Elephants and their diseases
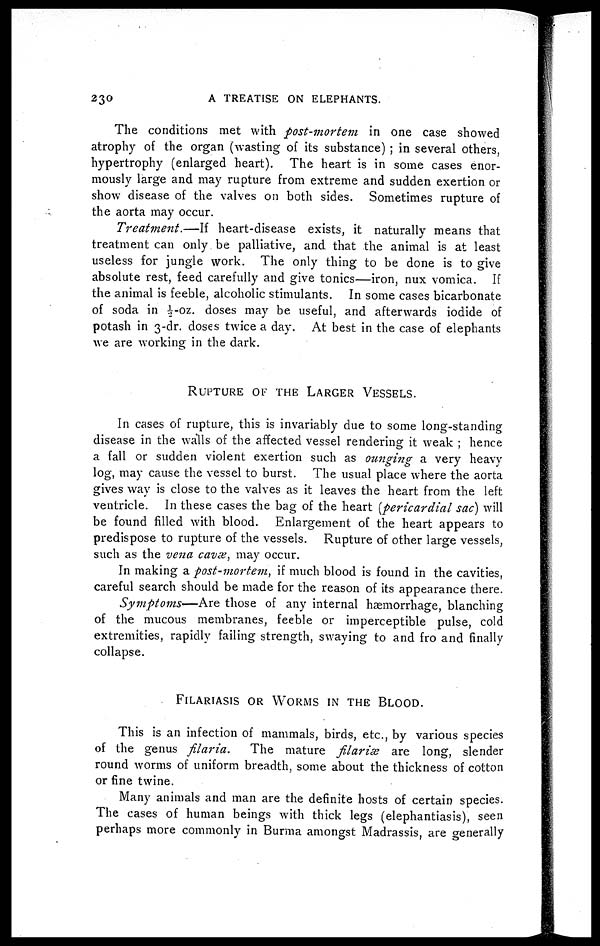
230
A TREATISE ON ELEPHANTS.
The conditions met with post-mortem in one case showed
atrophy of the organ (wasting of its substance) ; in several others,
hypertrophy (enlarged heart). The heart is in some cases enor-
mously large and may rupture from extreme and sudden exertion or
show disease of the valves on both sides. Sometimes rupture of
the aorta may occur.
Treatment.—If
heart-disease exists, it naturally means that
treatment can only be palliative, and that the animal is at least
useless for jungle work. The only thing to be done is to give
absolute rest, feed carefully and give tonics—iron, nux vomica. If
the animal is feeble, alcoholic stimulants. In some cases bicarbonate
of soda in ½-oz. doses may be useful, and afterwards iodide of
potash in 3-dr. doses twice a day. At best in the case of elephants
we are working in the dark.
RUPTURE OF THE LARGER VESSELS.
In cases of rupture, this is invariably due to some long-standing
disease in the walls of the affected vessel rendering it weak ; hence
a fall or sudden violent exertion such as ounging a very heavy
log, may cause the vessel to burst. The usual place where the aorta
gives way is close to the valves as it leaves the heart from the left
ventricle. In these cases the bag of the heart (pericardial sac) will
be found filled with blood. Enlargement of the heart appears to
predispose to rupture of the vessels. Rupture of other large vessels,
such as the vena cause, may occur.
In making a post-mortem, if much blood is found in the cavities,
careful search should be made for the reason of its appearance there.
Symptoms—Are
those of any internal haemorrhage, blanching
of the mucous membranes, feeble or imperceptible pulse, cold
extremities, rapidly failing strength, swaying to and fro and finally
collapse.
FILARIASIS OR WORMS IN THE BLOOD.
This is an infection of mammals, birds, etc., by various species
of the genus filaria. The mature filariæ are long, slender
round worms of uniform breadth, some about the thickness of cotton
or fine twine.
Many animals and man are the definite hosts of certain species.
The cases of human beings with thick legs (elephantiasis), seen
perhaps more commonly in Burma amongst Madrassis, are generally